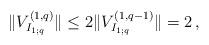
LaTeX: \begin{align*}\|V^{(1,q)}_{I_{1;q}}\| \leq 2 \|V^{(1,q-1)}_{I_{1;q}}\|=2\,,\end{align*}